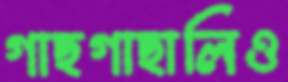
গাছগাছালিও